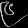
Digit: ၉